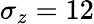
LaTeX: \sigma_{z}=12